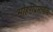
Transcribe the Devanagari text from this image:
मोहरीप्रमाणेच